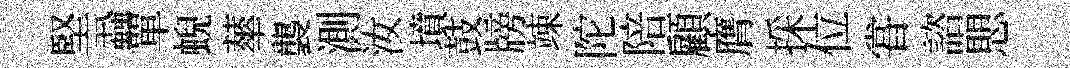
堅蝨單蜺蕐襲測汝墳鼓牓竦陀陪顧膺採位甞諮愳